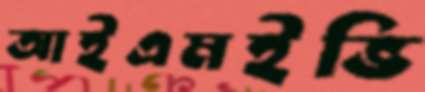
আইএমইভি